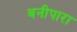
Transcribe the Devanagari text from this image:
बनीपारा